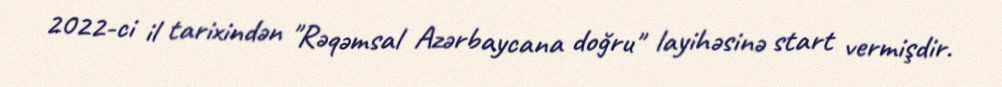
2022-ci il tarixindən "Rəqəmsal Azərbaycana doğru" layihəsinə start vermişdir.